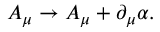
A _ { \mu } \rightarrow A _ { \mu } + \partial _ { \mu } \alpha .